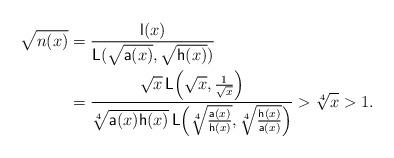
LaTeX: \begin{align*}\sqrt{n(x)}&=\frac{\mathsf{l}(x)}{\mathsf{L}(\sqrt{\mathsf{a}(x)},\sqrt{\mathsf{h}(x)})}\\&=\frac{\sqrt{x}\,\mathsf{L}\!\left(\sqrt{x},\frac{1}{\sqrt{x}}\right)}{\sqrt[4]{\mathsf{a}(x)\mathsf{h}(x)}\,\mathsf{L}\!\left(\sqrt[4]{\frac{\mathsf{a}(x)}{\mathsf{h}(x)}},\sqrt[4]{\frac{\mathsf{h}(x)}{\mathsf{a}(x)}}\right)}>\sqrt[4]{x}>1.\end{align*}